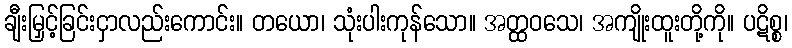
ချီးမြှင့်ခြင်းငှာလည်းကောင်း။ တယော၊ သုံးပါးကုန်သော။ အတ္ထဝသေ၊ အကျိုးထူးတို့ကို။ ပဋိစ္စ၊